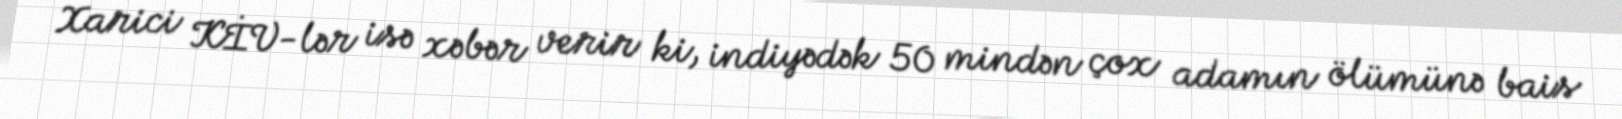
Xarici KİV-lər isə xəbər verir ki, indiyədək 50 mindən çox adamın ölümünə bais